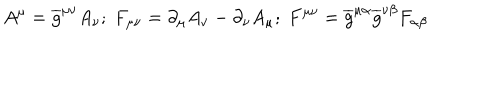
A ^ { \mu } = \overline { { { g } } } ^ { \mu \nu } A _ { \nu } ; \ F _ { \mu \nu } = \partial _ { \mu } A _ { \nu } - \partial _ { \nu } A _ { \mu } ; \ F ^ { \mu \nu } = \overline { { { g } } } ^ { \mu \alpha } \overline { { { g } } } ^ { \nu \beta } F _ { \alpha \beta }